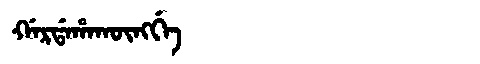
Manchu: ᡤᠠᡵᡩᠠᡥᠠᡴᡡᠩᡤᡝ
Romanization: GARDAHAKŪNGGE